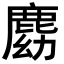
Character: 𪊛